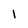
Character: 1